Annual report of the Punjab Veterinary College and of the Civil Veterinary Department, Punjab - 1926-1932
Year: 1926
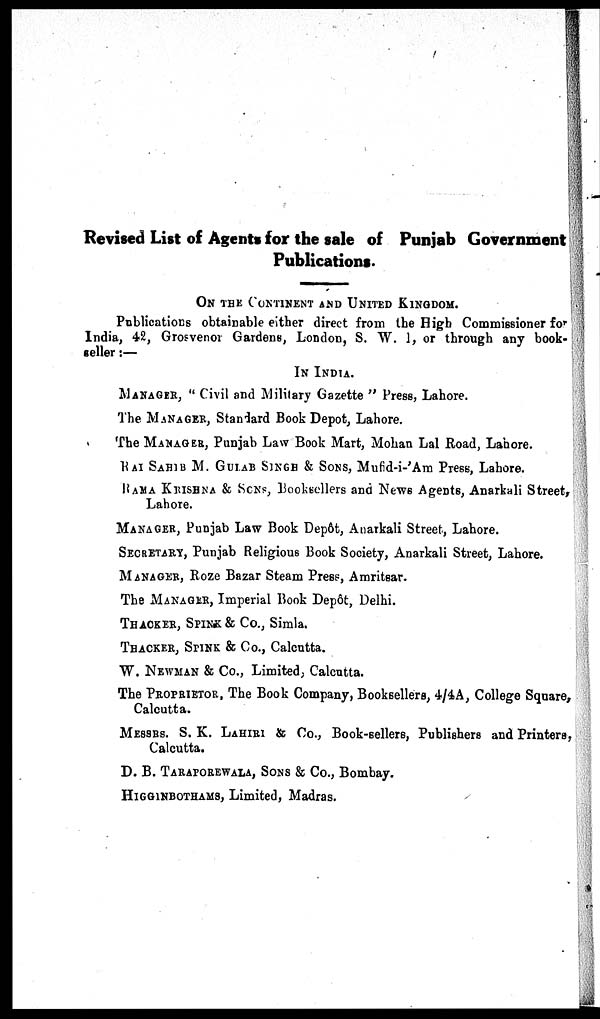
Revised List of Agents for the sale of Punjab Government
Publications.
ON THE CONTINENT AND UNITED KINGDOM.
Publications obtainable either direct from the High Commissioner for
India, 42, Grosvenor Gardens, London, S. W. I, or through any book-
seller:—
IN INDIA.
MANAGER, " Civil and Military Gazette" Press, Lahore.
The MANAGER, Standard Book Depot, Lahore.
The MANAGER, Punjab Law Book Mart, Mohan Lal Road, Lahore.
RAI SAHIB M. GULAB SINGH & SONS, Mufid-i-'Am Press, Lahore.
RAMA KRISHNA & SONS, Booksellers and News Agents, Anarkali Street,
Lahore.
MANAGER, Punjab Law Book Depôt, Anarkali Street, Lahore.
SECRETARY, Punjab Religious Book Society, Anarkali Street, Lahore.
MANAGER, Roze Bazar Steam Press, Amritsar.
The MANAGER, Imperial Book Depôt, Delhi.
THACKER, SPINK & Co., Simla.
THACKER, SPINK & Co., Calcutta.
W. NEWMAN & Co., Limited, Calcutta.
The PROPRITOR, The Book Company, Booksellers, 4/4A, College Square,
Calcutta.
MESSRS. S. K. LAHIRI & Co., Book-sellers, Publishers and Printers,
Calcutta.
D. B. TARAPOREWALA, SONS & Co., Bombay.
HIGGINBOTHAMS, Limited, Madras.